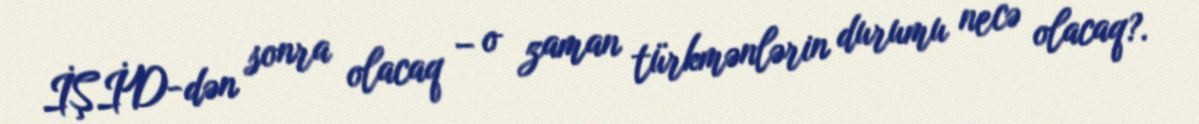
İŞİD-dən sonra olacaq – o zaman türkmənlərin durumu necə olacaq?.